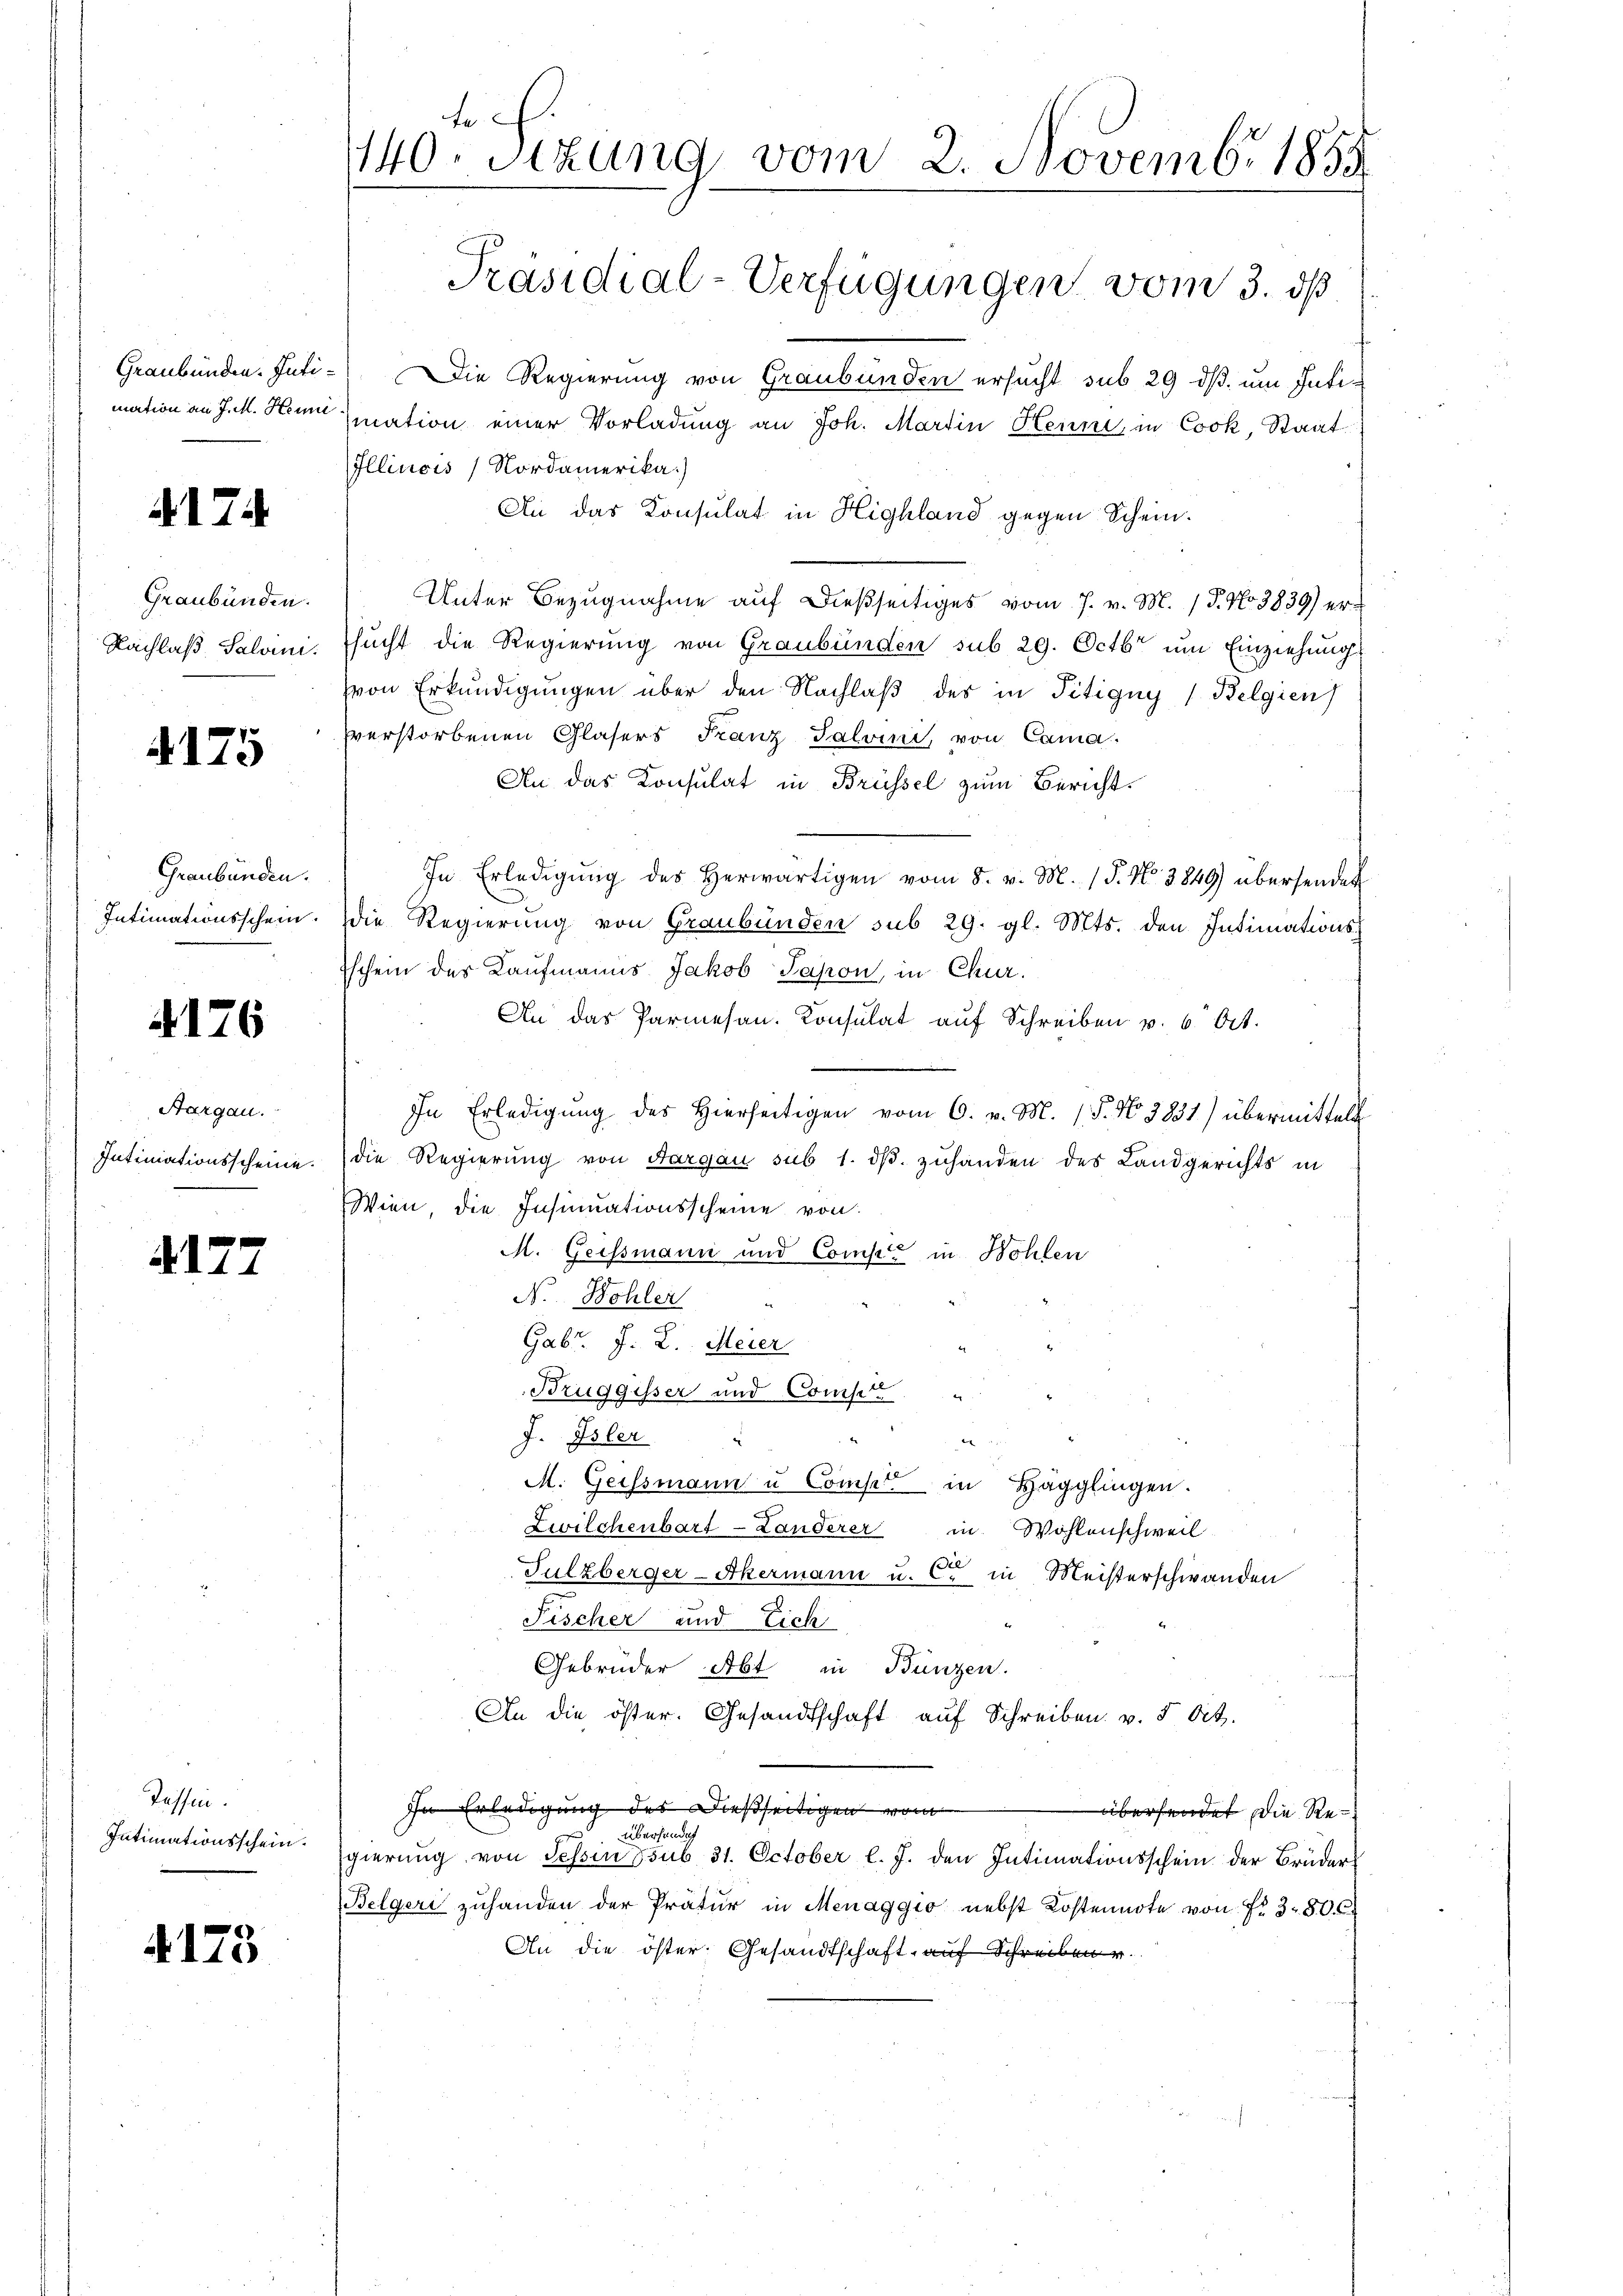
417.

Graubünden.

4175

Graubünden.
Intimationsschein.

4176

Aargau.

A177

Tessin.
Intimationsschein.

4175

te.
140. Sitzung vom 2. Novemb. 1859
Präsidial-Verfügungen vom 3. dß

Graubünden. Inti- Die Regierung von Graubünden ersucht sub 29 dß um Julie
mation an J. M. Henn mation einer Vorladung an Joh. Martin Henne, in Cook, Staat
Illinois Nordamerika)
An das Konsulat in Highland gegen Schein.
Unter Bezugnahme auf dießseitiges vom 7. v. M. / 5. No 3839) er-
Nachlaß Salvini. sucht die Regierung von Graubünden sub 29. Octbr um Einziehungs
von Erkundigungen über den Nachlaß des in Titigny (Belgien
verstorbenen Glasers Franz Salvini, von Cama-
An das Konsulat in Brüssel zum Bericht.
In Erledigŭng des herwärtigen vom 8. v. M. (T. No. 3849) übersendet
die Regierung von Graubünden sub 29. gl. Mts. den Intimations¬
Eschein des Kaufmanns Jakob Papon, in Chur.
An das Parmesan. Konsulat auf Schreiben v. 6. Oct.
In Erledigŭng des hierseitigen vom 6. v. M. 18. No 3831) übermittelt
Intimationsscheine. Die Regierung von Aargau sub 1. dβ. zuhanden des Landgerichts in
Wien die Insinuationsscheine von
M. Geissmann und Compć in Wohlen
N. Wohler
Gabt. J. L. Meier
Bruggisser und Compt
J. Isler
M
M. Geissmann u Compete in Hägglingen.
Zwilchenbart - Landerer in Wohlenschweil
Sulzberger-Akermann u. C. in Meisterschwanden
Fischer und Eich
Gebrüder Abt in Bunzen.
An die öster. Gesandtschaft auf Schreiben v. 5. Oct.
In Erledigung des Dießseitigen vom
übersendet die Re¬
 überhande
gierung von Tessin sub 31. October l. J. den Intimationsschein der Brüder¬
Belgeri zuhanden der Prätur in Menaggio nebst Kostennote von Fr. 3. 80. 6
An die öster Gesandtschaft auf Schreiben